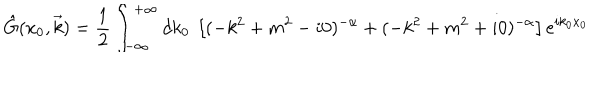
\hat { G } ( x _ { 0 } , \vec { k } ) = \frac { 1 } { 2 } \int _ { - \infty } ^ { + \infty } d k _ { 0 } ~ \left[ ( - k ^ { 2 } + m ^ { 2 } - i 0 ) ^ { - \alpha } + ( - k ^ { 2 } + m ^ { 2 } + i 0 ) ^ { - \alpha } \right] e ^ { i k _ { 0 } x _ { 0 } }